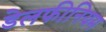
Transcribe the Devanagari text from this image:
डेलफीनियम